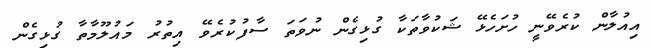
އިއުލާން ކުރެވޭނީ ހުށަހެޅޭ ޝަކުވާތަކާ ގުޅިގެން ނުވަތަ ސާފުކުރެވޭ އިތުރު މައުލޫމާތާ ގުޅިގެން